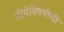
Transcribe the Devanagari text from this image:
सीमेविषयीची